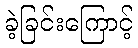
ခဲ့ခြင်းကြောင့်